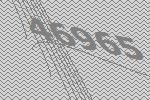
46965